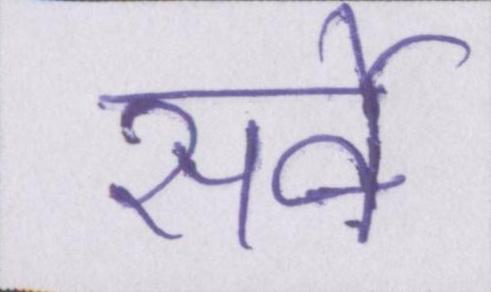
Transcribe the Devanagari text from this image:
सर्वे